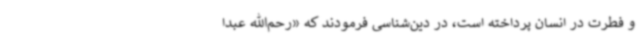
و فطرت در انسان پرداخته است، در دین‌شناسی فرمودند که «رحم‌الله عبدا